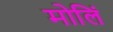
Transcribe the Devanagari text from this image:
मोलिं